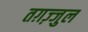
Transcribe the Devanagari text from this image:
तग़ज़्जुल